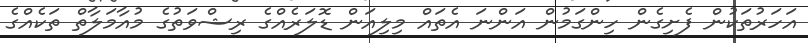
އަހަރުތަކުން ފެށިގެން ހިންގަމުން އަންނަ އެތައް މިލިއަން ޑޮލަރެއްގެ ރިޝްވަތުގެ މުއާމަލާތް ތަކެއްގެ